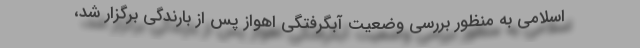
اسلامی به منظور بررسی وضعیت آبگرفتگی اهواز پس از بارندگی برگزار شد،